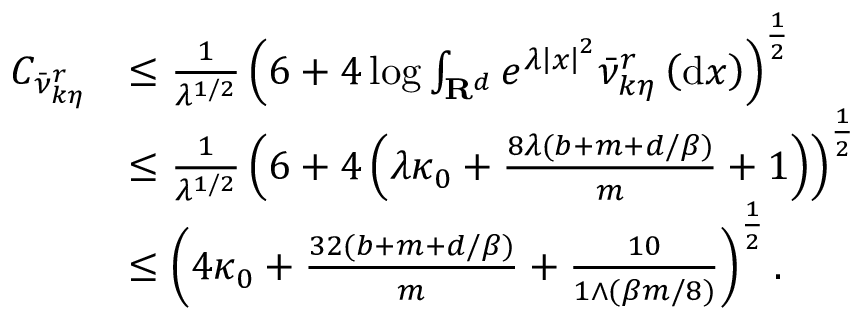
\begin{array} { r l } { C _ { \Bar { \nu } _ { k \eta } ^ { r } } } & { \le \frac { 1 } { \lambda ^ { 1 / 2 } } \left( 6 + 4 \log \int _ { \mathbf { R } ^ { d } } e ^ { \lambda \left| x \right| ^ { 2 } } \Bar { \nu } _ { k \eta } ^ { r } \left( \mathrm { d } x \right) \right) ^ { \frac { 1 } { 2 } } } \\ & { \le \frac { 1 } { \lambda ^ { 1 / 2 } } \left( 6 + 4 \left( \lambda \kappa _ { 0 } + \frac { 8 \lambda ( b + m + d / \beta ) } { m } + 1 \right) \right) ^ { \frac { 1 } { 2 } } } \\ & { \le \left( 4 \kappa _ { 0 } + \frac { 3 2 ( b + m + d / \beta ) } { m } + \frac { 1 0 } { 1 \wedge ( \beta m / 8 ) } \right) ^ { \frac { 1 } { 2 } } . } \end{array}